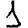
Digit: 1